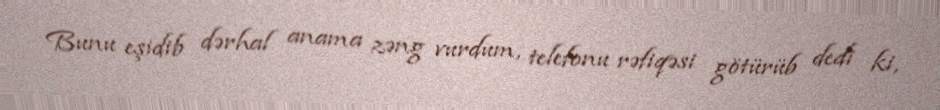
Bunu eşidib dərhal anama zəng vurdum, telefonu rəfiqəsi götürüb dedi ki,